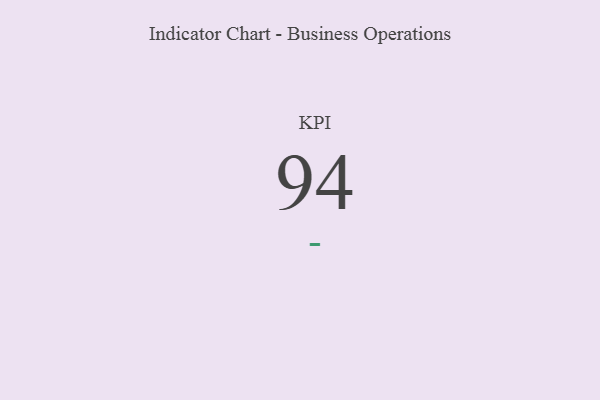
{"axis": {"x": "KPI", "y": "Value"}, "legend": [""], "data": [{"x": "KPI", "y": 94, "type": ""}]}